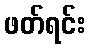
ဖတ်ရင်း